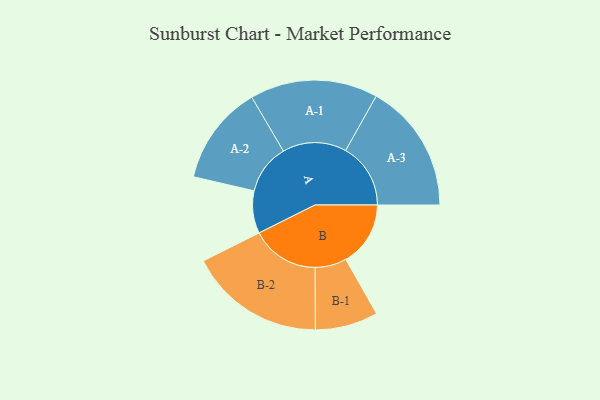
{"axis": {"x": "Segment", "y": "Value"}, "legend": ["", "A", "B"], "data": [{"x": "A", "y": 162, "type": ""}, {"x": "B", "y": 247, "type": ""}, {"x": "A-1", "y": 244, "type": "A"}, {"x": "A-2", "y": 190, "type": "A"}, {"x": "A-3", "y": 248, "type": "A"}, {"x": "B-1", "y": 120, "type": "B"}, {"x": "B-2", "y": 260, "type": "B"}]}